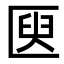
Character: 㔱